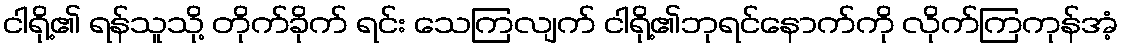
ငါရို့၏ ရန်သူသို့ တိုက်ခိုက် ရင်း သေကြလျက် ငါရို့၏ဘုရင်နောက်ကို လိုက်ကြကုန်အံ့